Indian journal of veterinary science and animal husbandry - Volume 2,
Year: 1932
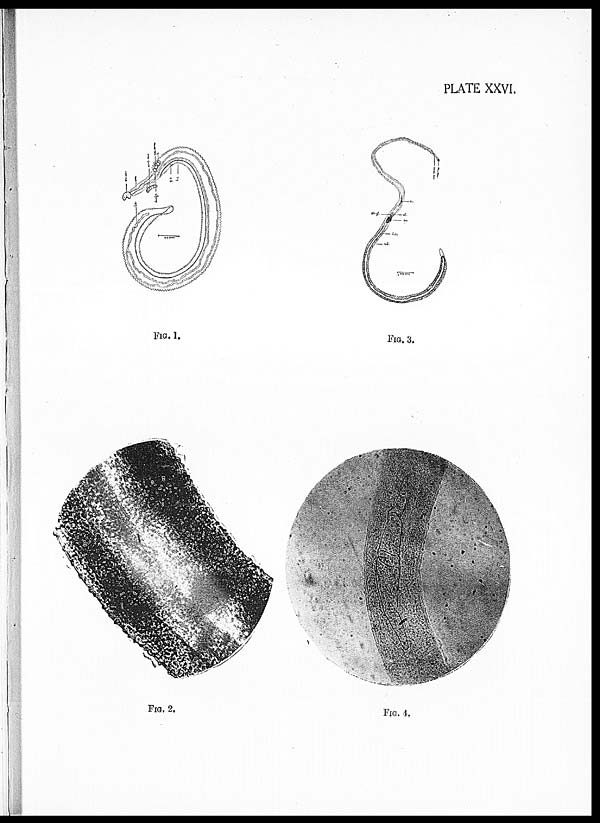
PLATE XXVI.
FIG. 1.
FIG. 2.
FIG. 3.
FIG. 4.